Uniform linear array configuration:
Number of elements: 48
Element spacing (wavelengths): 0.5
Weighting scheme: uniform
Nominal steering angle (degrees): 30
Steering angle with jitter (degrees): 28.836
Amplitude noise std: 0.05
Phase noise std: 0.05

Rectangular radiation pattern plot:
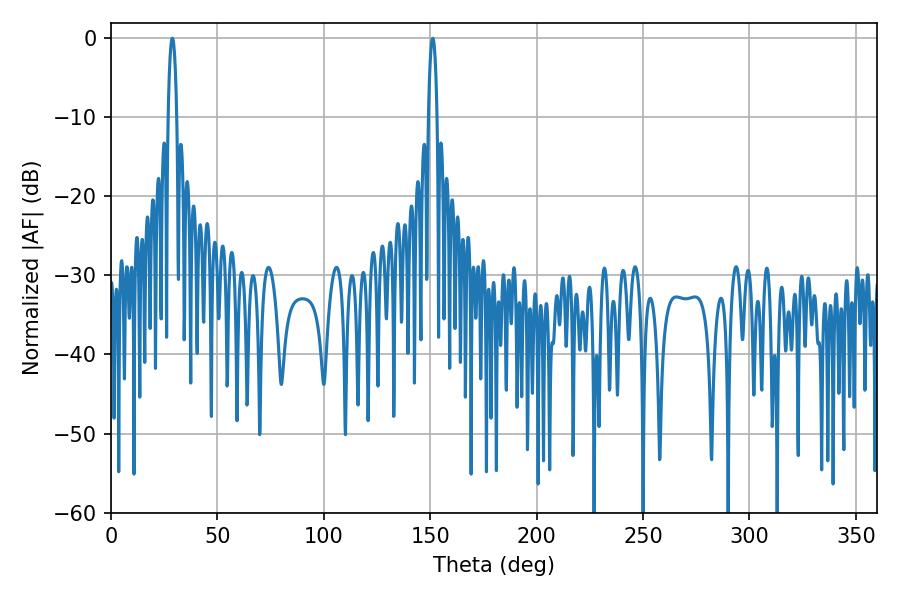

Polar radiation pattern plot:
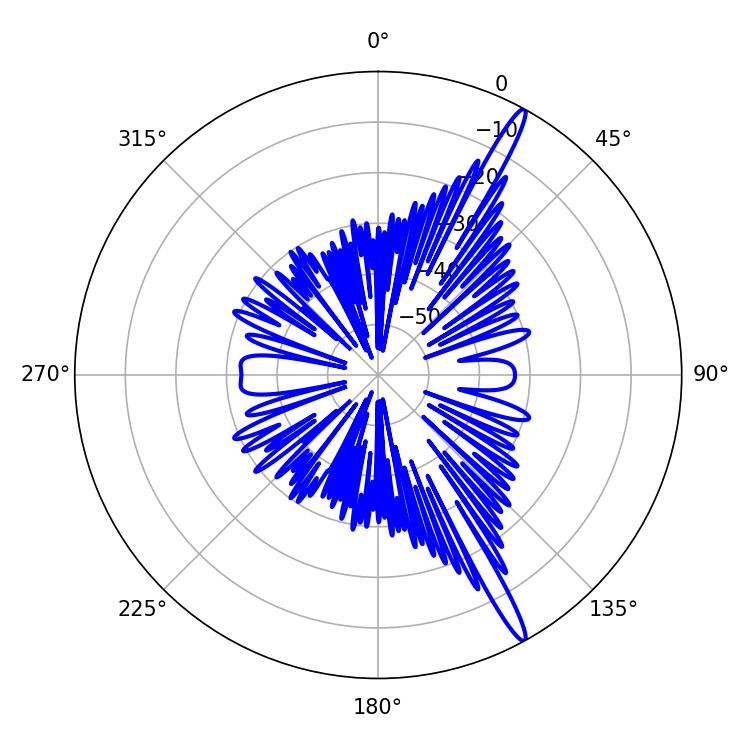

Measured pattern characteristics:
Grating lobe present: FALSE
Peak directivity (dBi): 16.432
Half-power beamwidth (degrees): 2.16
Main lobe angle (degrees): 28.8